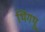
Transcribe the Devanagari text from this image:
थिंगथू